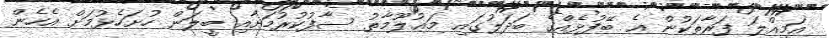
އަމިއްލަ ފަރާތަކުން އެ ބޭފުޅެއްގެ ބަދަލުގައި މަޢުލޫމާތު ސާފުކުރުމަށާއި ބީލަން ހުށަހެޅުމަށް އެހެން